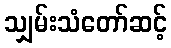
သျှမ်းသံတော်ဆင့်